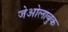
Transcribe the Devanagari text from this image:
जेओलाबुक